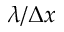
\lambda / \Delta x